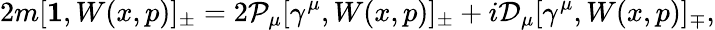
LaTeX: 2m[{\mathbf 1},W(x,p)]_{\pm}=2{\mathcal P}_{\mu}[\gamma^{\mu},W(x,p)]_{\pm}+i{\mathcal D}_{\mu}[\gamma^{\mu},W(x,p)]_{\mp},